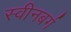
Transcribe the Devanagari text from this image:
स्वीनबर्ग